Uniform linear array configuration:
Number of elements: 32
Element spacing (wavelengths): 0.75
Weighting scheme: cosine
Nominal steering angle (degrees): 30
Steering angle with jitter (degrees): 29.612
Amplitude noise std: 0.05
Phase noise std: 0.05

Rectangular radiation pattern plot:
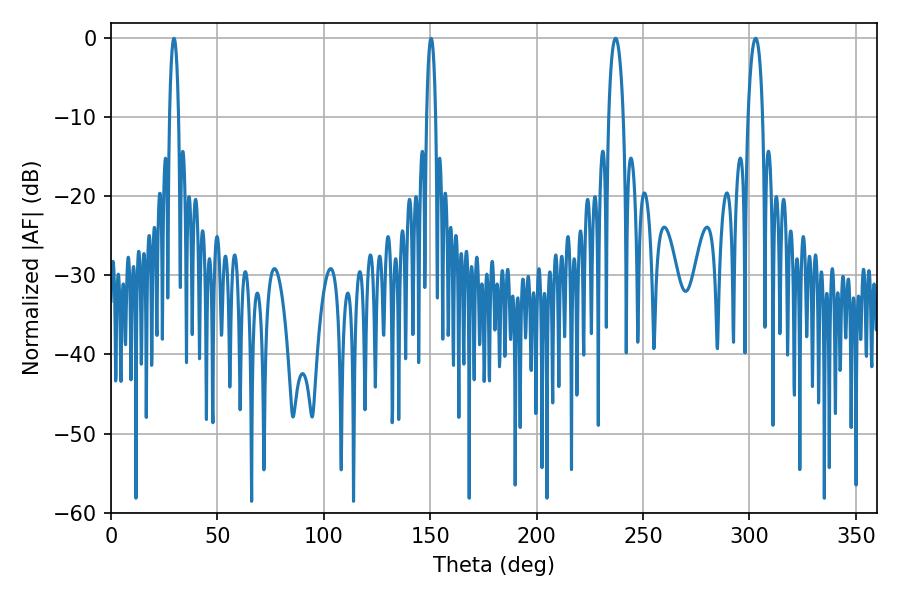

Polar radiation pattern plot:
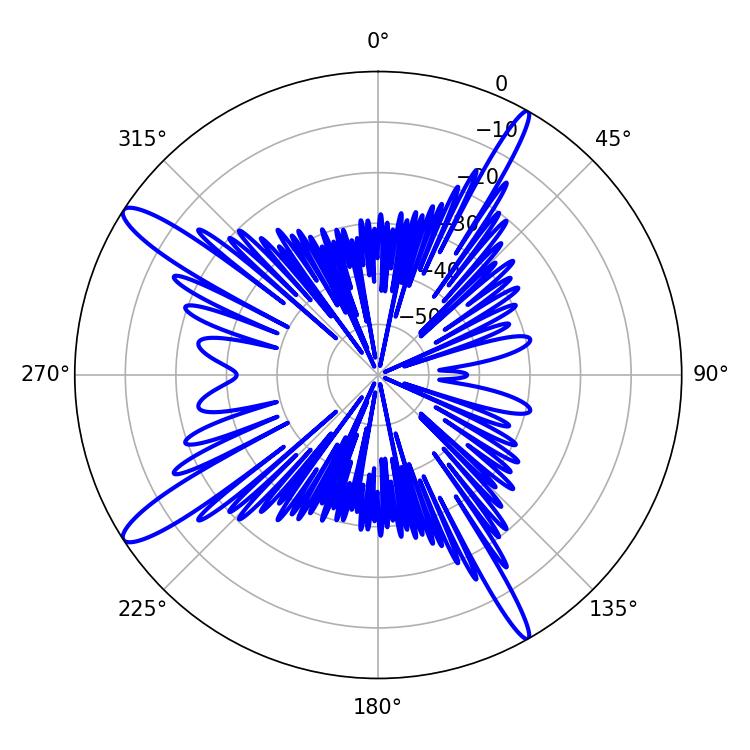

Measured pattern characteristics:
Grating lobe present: TRUE
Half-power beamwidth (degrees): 3.78
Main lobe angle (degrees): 237.06